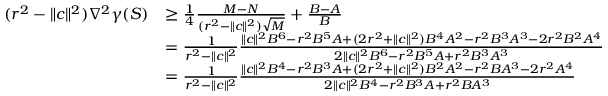
\begin{array} { r l } { ( r ^ { 2 } - \| c \| ^ { 2 } ) \nabla ^ { 2 } \gamma ( S ) } & { \geq \frac { 1 } { 4 } \frac { M - N } { ( r ^ { 2 } - \| c \| ^ { 2 } ) \sqrt { M } } + \frac { B - A } { B } } \\ & { = \frac { 1 } { r ^ { 2 } - \| c \| ^ { 2 } } \frac { \| c \| ^ { 2 } B ^ { 6 } - r ^ { 2 } B ^ { 5 } A + ( 2 r ^ { 2 } + \| c \| ^ { 2 } ) B ^ { 4 } A ^ { 2 } - r ^ { 2 } B ^ { 3 } A ^ { 3 } - 2 r ^ { 2 } B ^ { 2 } A ^ { 4 } } { 2 \| c \| ^ { 2 } B ^ { 6 } - r ^ { 2 } B ^ { 5 } A + r ^ { 2 } B ^ { 3 } A ^ { 3 } } } \\ & { = \frac { 1 } { r ^ { 2 } - \| c \| ^ { 2 } } \frac { \| c \| ^ { 2 } B ^ { 4 } - r ^ { 2 } B ^ { 3 } A + ( 2 r ^ { 2 } + \| c \| ^ { 2 } ) B ^ { 2 } A ^ { 2 } - r ^ { 2 } B A ^ { 3 } - 2 r ^ { 2 } A ^ { 4 } } { 2 \| c \| ^ { 2 } B ^ { 4 } - r ^ { 2 } B ^ { 3 } A + r ^ { 2 } B A ^ { 3 } } } \end{array}